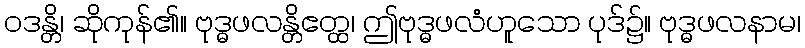
ဝဒန္တိ၊ ဆိုကုန်၏။ ဗုဒ္ဓဖလန္တိဧတ္ထ၊ ဤဗုဒ္ဓဖလံဟူသော ပုဒ်၌။ ဗုဒ္ဓဖလနာမ၊